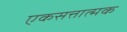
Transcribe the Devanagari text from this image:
एकसत्तात्मक